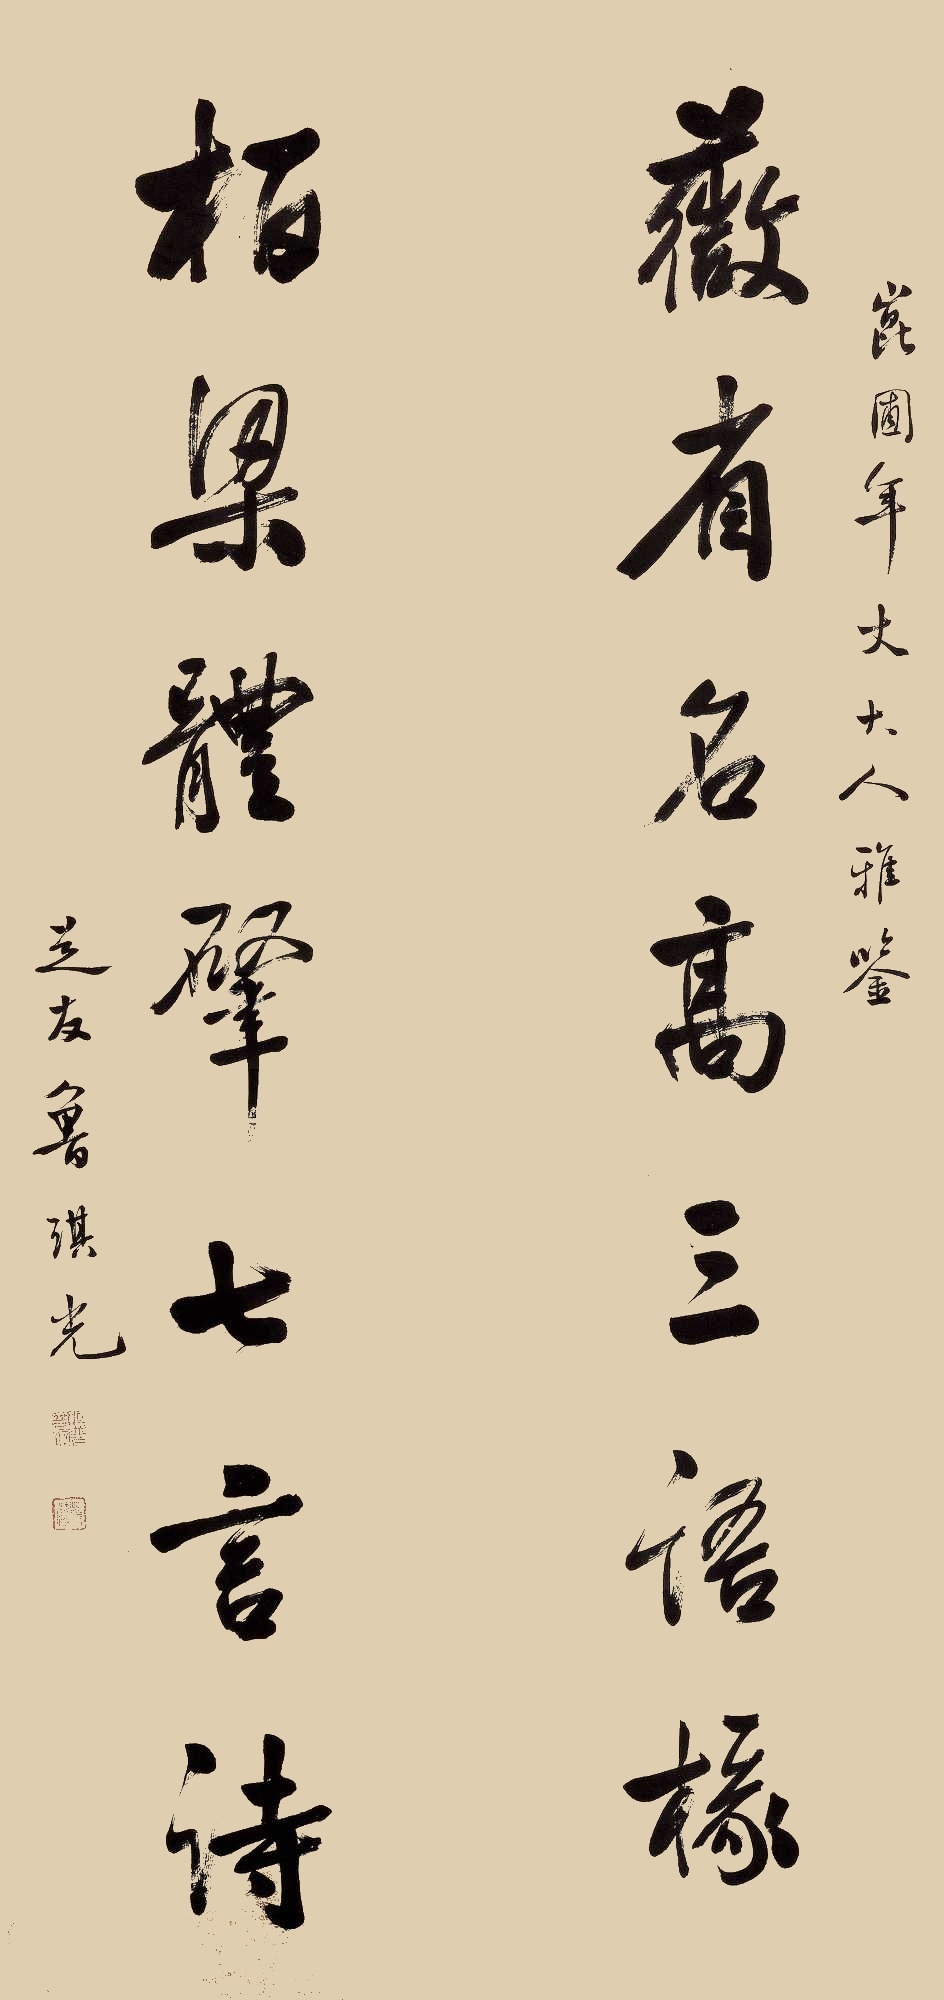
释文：薇省名高三语椽，栢梁体肇七言诗。昆圃年丈大人雅鉴，芝友鲁琪光。